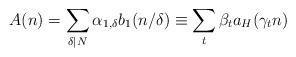
LaTeX: \begin{align*} A(n) =\sum_{\delta \mid N} \alpha_{1,\delta} b_{1}(n/\delta) \equiv \sum_{t} \beta_{t}a_H(\gamma_{t}n) \end{align*}